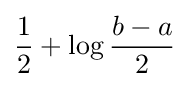
{\frac {1}{2}}+\log {\frac {b-a}{2}}